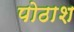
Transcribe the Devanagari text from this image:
पोठाश